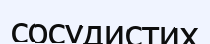
сосудистих